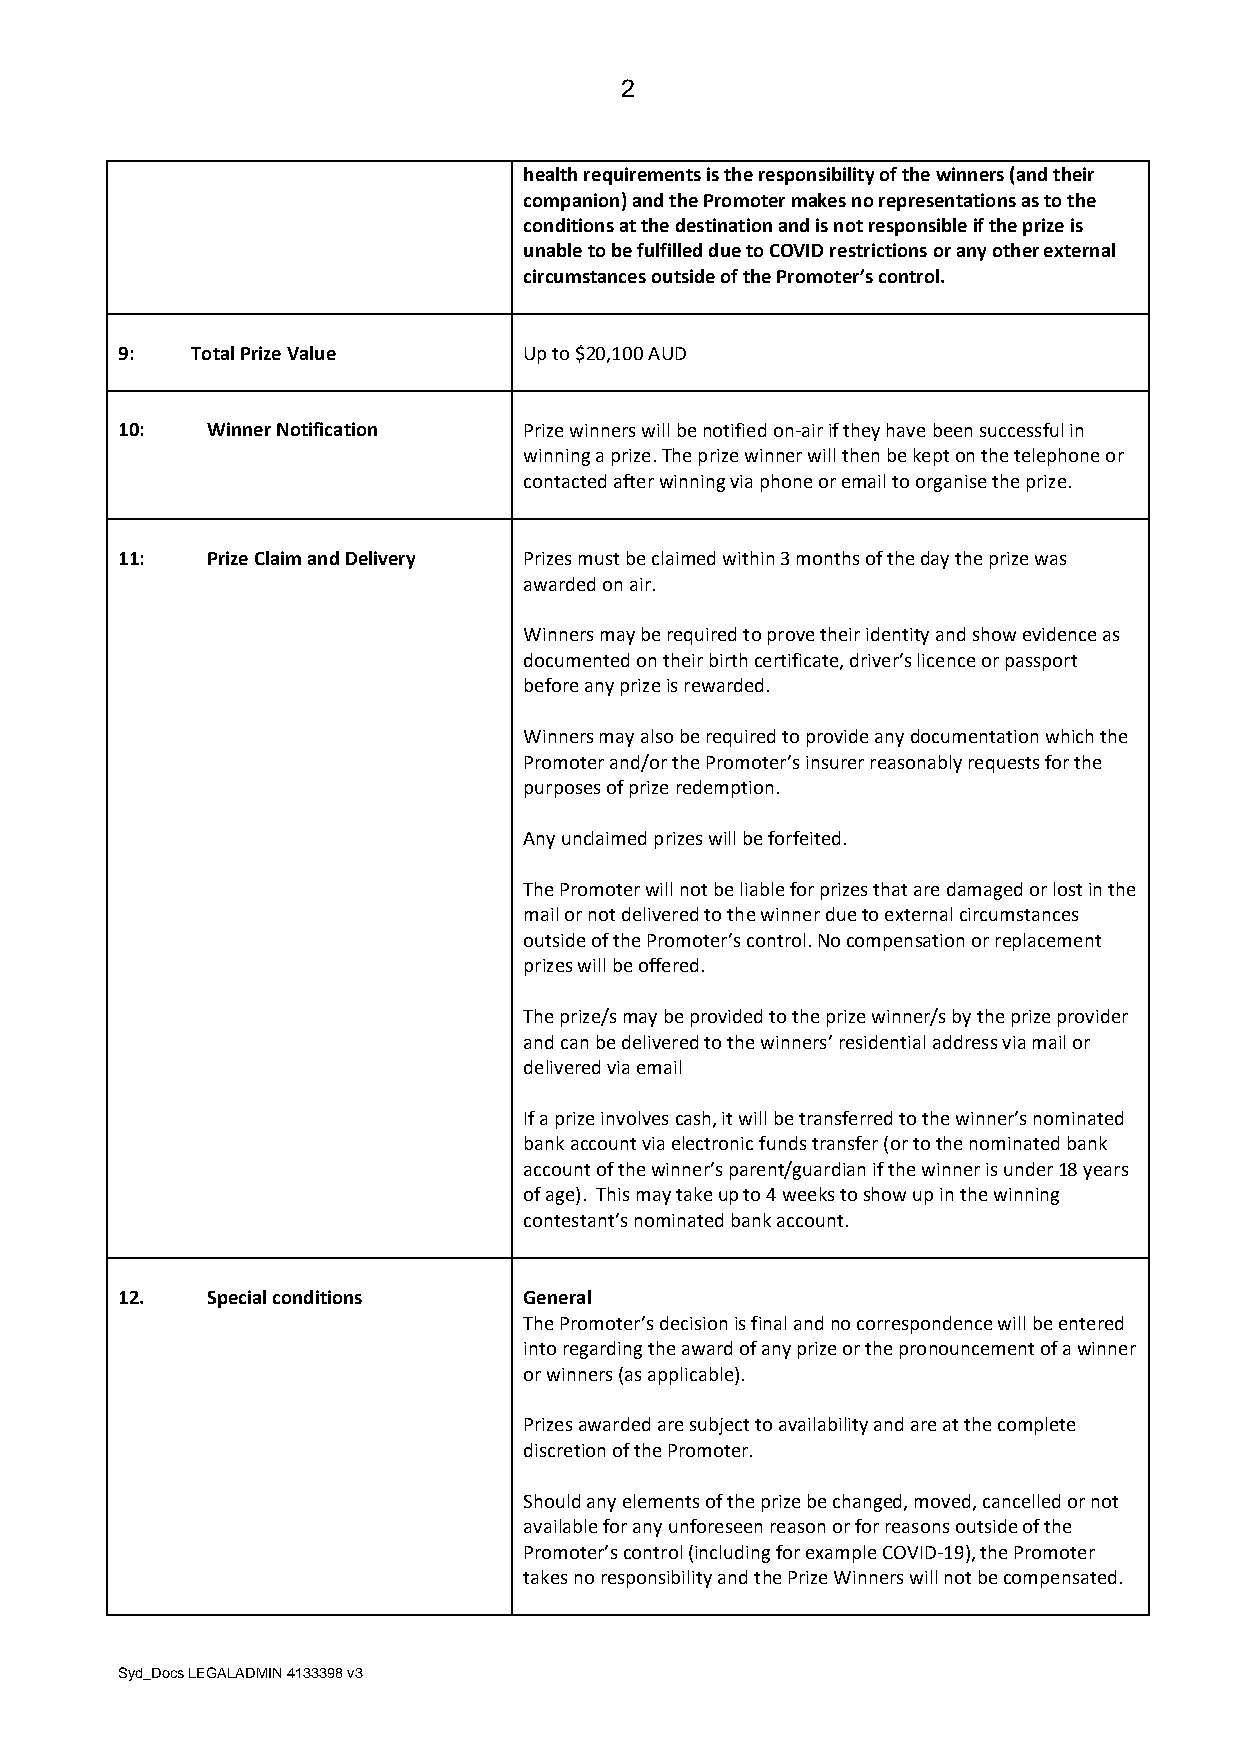
2
 health requirements is the responsibility of the winners (and their
 companion) and the Promoter makes no representations as to the
 conditions at the destination and is not responsible if the prize is
 unable to be fulfilled due to COVID restrictions or any other external
 circumstances outside of the Promoter’s control.
 9:   Total Prize Value     Up to $20,100 AUD
 10:   Winner Notification  Prize winners will be notified on-air if they have been successful in
 winning a prize. The prize winner will then be kept on the telephone or
 contacted after winning via phone or email to organise the prize.
 11:   Prize Claim and Delivery Prizes must be claimed within 3 months of the day the prize was
 awarded on air.
 Winners may be required to prove their identity and show evidence as
 documented on their birth certificate, driver’s licence or passport
 before any prize is rewarded.
 Winners may also be required to provide any documentation which the
 Promoter and/or the Promoter’s insurer reasonably requests for the
 purposes of prize redemption.
 Any unclaimed prizes will be forfeited.
 The Promoter will not be liable for prizes that are damaged or lost in the
 mail or not delivered to the winner due to external circumstances
 outside of the Promoter’s control. No compensation or replacement
 prizes will be offered.
 The prize/s may be provided to the prize winner/s by the prize provider
 and can be delivered to the winners’ residential address via mail or
 delivered via email
 If a prize involves cash, it will be transferred to the winner’s nominated
 bank account via electronic funds transfer (or to the nominated bank
 account of the winner’s parent/guardian if the winner is under 18 years
 of age). This may take up to 4 weeks to show up in the winning
 contestant’s nominated bank account.
 12.   Special conditions   General
 The Promoter’s decision is final and no correspondence will be entered
 into regarding the award of any prize or the pronouncement of a winner
 or winners (as applicable).
 Prizes awarded are subject to availability and are at the complete
 discretion of the Promoter.
 Should any elements of the prize be changed, moved, cancelled or not
 available for any unforeseen reason or for reasons outside of the
 Promoter’s control (including for example COVID-19), the Promoter
 takes no responsibility and the Prize Winners will not be compensated.
 Syd_Docs LEGALADMIN 4133398 v3